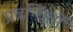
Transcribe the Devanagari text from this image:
प्रबन्धितों